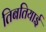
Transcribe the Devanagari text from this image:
तिबतियाई